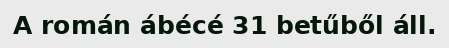
A román ábécé 31 betűből áll.